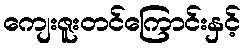
ကျေးဇူးတင်ကြောင်းနှင့်